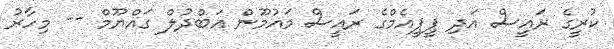
ކުރީގެ ރައީސް އަދި ޕީޕީއެމްގެ ރައީސް މައުމޫން އަބްދުލް ގައްޔޫމް -- މިހާރު